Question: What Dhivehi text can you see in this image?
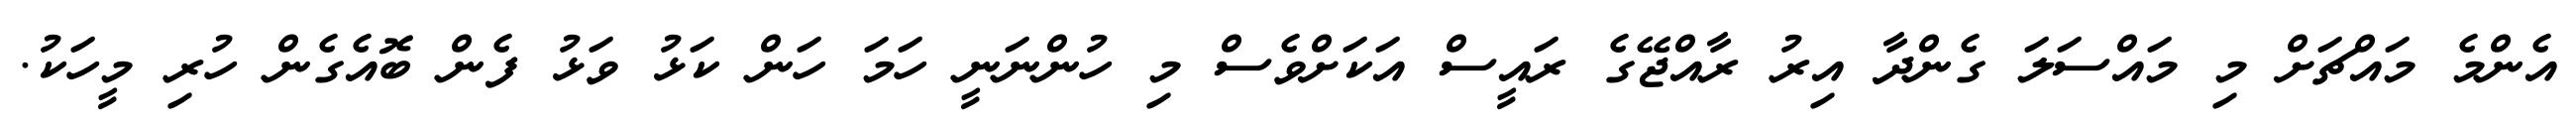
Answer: އެންމެ މައްޗަށް މި މައްސަލަ ގެންދާ އިރު ރާއްޖޭގެ ރައީސް އަކަށްވެސް މި ހުންނަނީ ހަމަ ހަން ކަޅު ވަޅު ފެން ބޮއެގެން ހުރި މީހަކު.